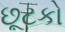
છૂટકો